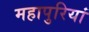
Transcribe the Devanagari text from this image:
महापुरियां